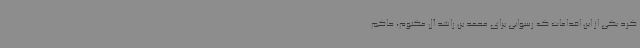
کرد یکی از این اقدامات که رسوایی برای محمد بن راشد آل مکتوم، حاکم